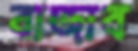
বাজাব